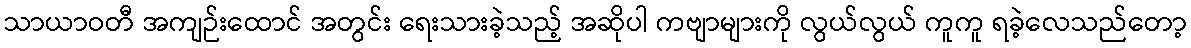
သာယာဝတီ အကျဉ်းထောင် အတွင်း ရေးသားခဲ့သည့် အဆိုပါ ကဗျာများကို လွယ်လွယ် ကူကူ ရခဲ့လေသည်တော့